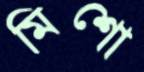
মিশো